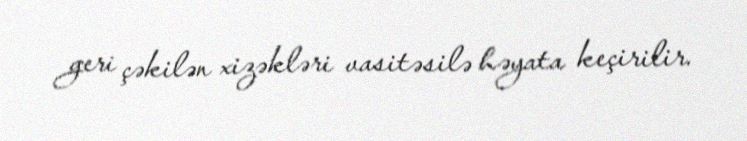
geri çəkilən xizəkləri vasitəsilə həyata keçirilir.